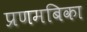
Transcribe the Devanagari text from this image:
प्रणमबिका